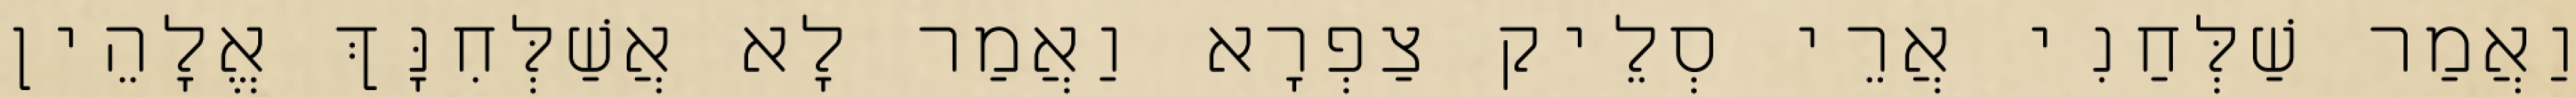
וַאֲמַר שַׁלְּחַנִי אֲרֵי סְלֵיק צַפְרָא וַאֲמַר לָא אֲשַׁלְּחִנָּךְ אֱלָהֵין